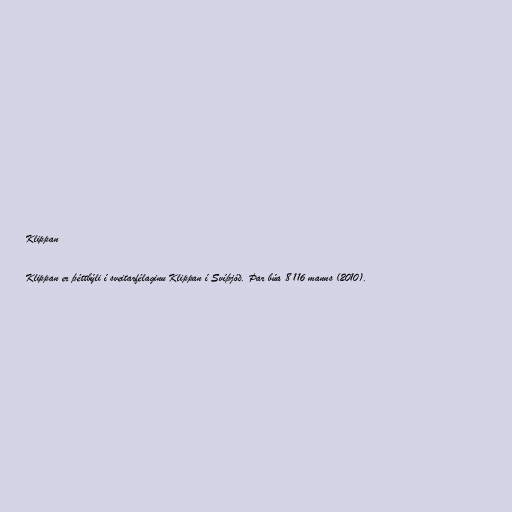
Klippan

Klippan er þéttbýli í sveitarfélaginu Klippan í Svíþjóð. Þar búa 8 116 manns (2010).